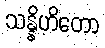
သန္နိဟိတော